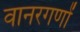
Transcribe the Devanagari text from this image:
वानरगणों